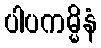
ပါပကမ္မိနံ